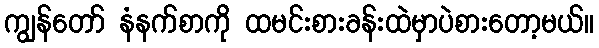
ကျွန်တော် နံနက်စာကို ထမင်းစားခန်းထဲမှာပဲစားတော့မယ်။